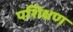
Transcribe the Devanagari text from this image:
पशिक्षण